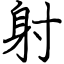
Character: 射